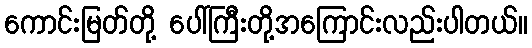
ကောင်းမြတ်တို့ ပေါ်ကြီးတို့အကြောင်းလည်းပါတယ်။